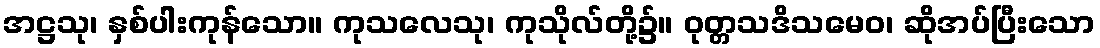
အဋ္ဌသု၊ နှစ်ပါးကုန်သော။ ကုသလေသု၊ ကုသိုလ်တို့၌။ ဝုတ္တသဒိသမေဝ၊ ဆိုအပ်ပြီးသော